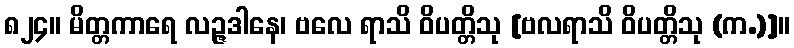
၈၂၄။ မိတ္တကာရေ လဉ္ဇဒါနေ၊ ဗလေ ရာသိ ဝိပတ္တိသု [ဗလရာသိ ဝိပတ္တိသု (က.)]။